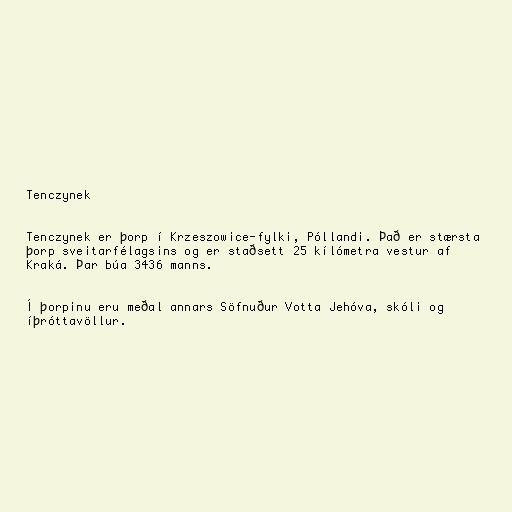
Tenczynek

Tenczynek er þorp í Krzeszowice-fylki, Póllandi. Það er stærsta
þorp sveitarfélagsins og er staðsett 25 kílómetra vestur af
Kraká. Þar búa 3436 manns.

Í þorpinu eru meðal annars Söfnuður Votta Jehóva, skóli og
íþróttavöllur.